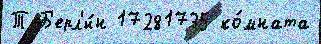
Т Б'ерл'и́н 17281735 ко́мната